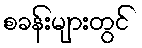
စခန်းများတွင်